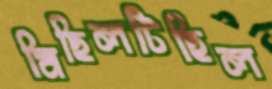
মিছিলটিছিল